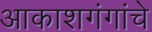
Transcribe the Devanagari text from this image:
आकाशगंगांचे